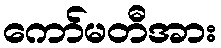
ကော်မတီအား